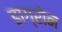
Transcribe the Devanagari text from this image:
डाग्रोन